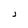
Character: j